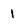
Character: 1